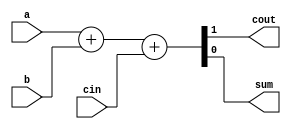
/*
-Prctica 01 Estructura de Computadores
-Objetivo: Realizar una ALU de 4 bits capaz de realizar sumas y restas en C2 
y generar los bits de flags asociados, as como varias operaciones lgicas
-Alumno: Cheuk Kelly Ng Pante
-Correo: alu0101364544@ull.edu.es
-Curso 2020-2021
-Compilacion: iverilog -o Practica01 alu_tb.v ALU.v cal.v compl1.v mux2_1.v mux2_4.v mux4_1.v cl.v fa.v
-Simulacin: vvp Practica01
*/

// === OBJETIVO 2.2 ===

//Modulo del Full-Adder
module fa(output wire cout, sum, input wire a, b, cin);
    assign {cout, sum} = a + b + cin;
endmodule